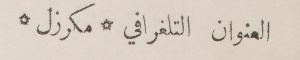
العنوان التلغرافي مكرزل